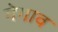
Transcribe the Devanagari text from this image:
गेगाव